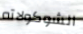
الشوكولاته